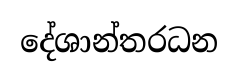
දේශාන්තරධන